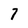
Character: 7